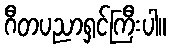
ဂီတပညာရှင်ကြီးပါ။